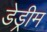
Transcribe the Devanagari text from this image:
डेड्रीम